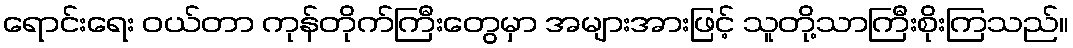
ရောင်းရေး ဝယ်တာ ကုန်တိုက်ကြီးတွေမှာ အများအားဖြင့် သူတို့သာကြီးစိုးကြသည်။